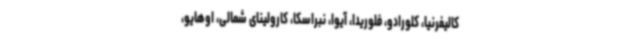
کالیفرنیا، کلورادو، فلوریدا، آیوا، نبراسکا، کارولینای شمالی، اوهایو،